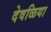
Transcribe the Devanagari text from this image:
देवळिया